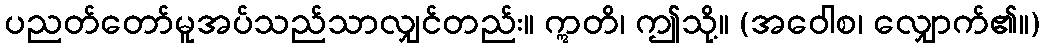
ပညတ်တော်မူအပ်သည်သာလျှင်တည်း။ ဣတိ၊ ဤသို့။ (အဝေါစ၊ လျှောက်၏။)